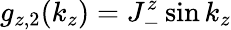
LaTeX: g_{z,2}(k_{z})=J_{-}^{z}\sin k_{z}